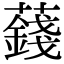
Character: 𧂂